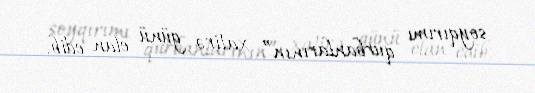
soyqırımı qurbanlarının” xatirə günü elan edib.